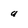
Character: q